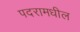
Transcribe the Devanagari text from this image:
पदरामधील